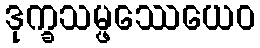
ဒုက္ခသမ္ဖဿေယေဝ